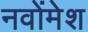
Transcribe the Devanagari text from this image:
नवोंमेश